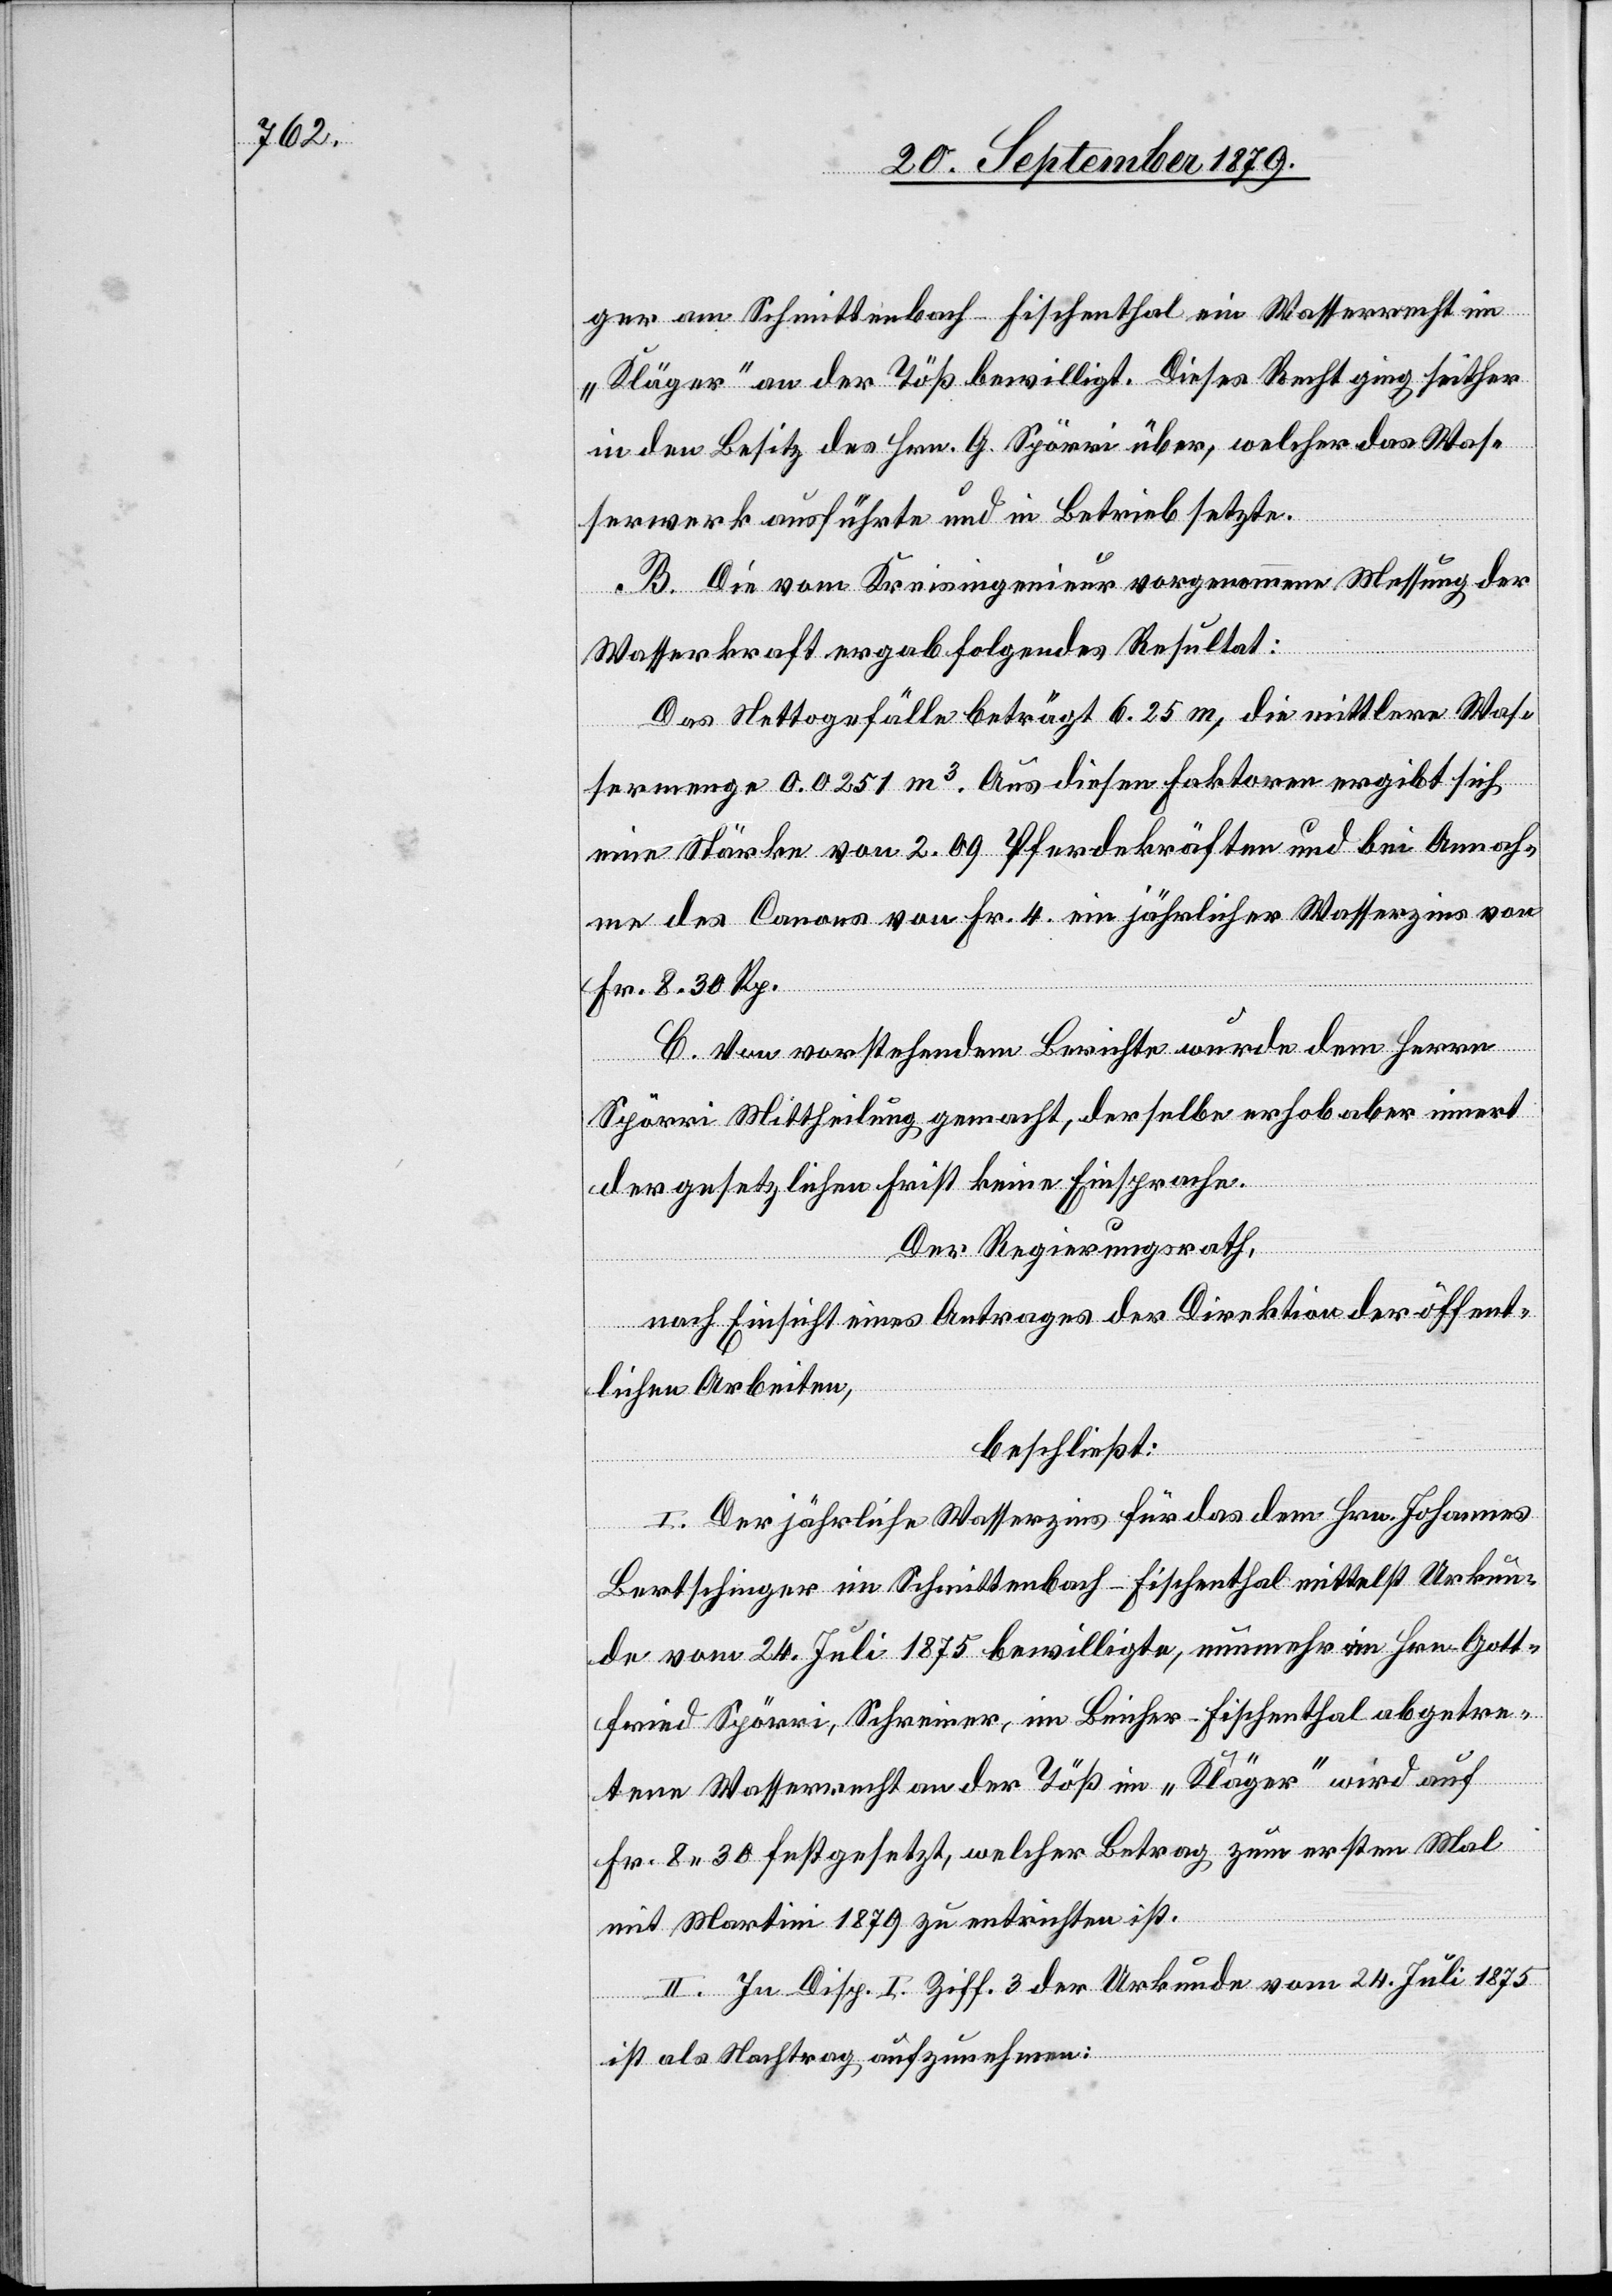
ger am Schmittenbach - Fischenthal ein Wasserrecht im
„Kläger“ an der Töß bewilligt. Dieses Recht ging seither
in den Besitz des Hrn. G. Spörri über, welcher das Was¬
serwerk ausführte und in Betrieb setzte.
B. Die vom Kreisingenieur vorgenommene Messung der
Wasserkraft ergab folgendes Resultat:
Das Nettogefälle beträgt 6.25 m, die mittlere Was¬
sermenge 0.0251 m3. Aus diesen Faktoren ergibt sich
eine Stärke von 2.09 Pferdekräften und bei Annah¬
me des Canons von Fr. 4 ein jährlicher Wasserzins von
Fr. 8 30 Rp.
C. Von vorstehendem Berichte wurde dem Herrn
Spörri Mittheilung gemacht, derselbe erhob aber innert
der gesetzlichen Frist keine Einsprache.
Der Regierungsrath,
nach Einsicht eines Antrages der Direktion der öffent¬
lichen Arbeiten,
beschließt:
I. Der jährliche Wasserzins für das dem Hrn. Johannes
Bertschinger im Schmittenbach - Fischenthal mittelst Urkun¬
de vom 24. Juli 1875 bewilligte, nunmehr im Hrn. Gott¬
fried Spörri, Schreiner, im Beicher - Fischenthal abgetre¬
tene Wasserrecht an der Töß im „Kläger“ wird auf
Fr. 8 30 festgesetzt, welcher Betrag zum ersten Mal
mit Martini 1879 zu entrichten ist.
II. In Disp. I. Ziff. 3 der Urkunde vom 24. Juli 1875
ist als Nachtrag aufzunehmen: